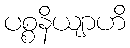
ပစ္စနိယျာဟိ